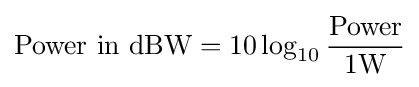
{\mbox{Power in dBW}}=10\log _{10}{\frac {\mbox{Power}}{1\mathrm {W} }}